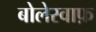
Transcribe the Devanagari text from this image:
बोलेस्वाफ़